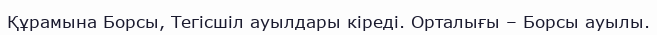
Құрамына Борсы, Тегісшіл ауылдары кіреді. Орталығы – Борсы ауылы.